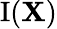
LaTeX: \operatorname{I}(\mathbf{X})